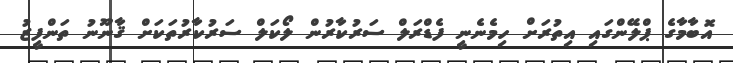
އޮބާމާގެ ޕްލޭންގައި އިތުރަށް ހިމެނެނީ ފެޑްރަލް ސަރުކާރުން ލޯކަލް ސަރުކާރުތަކަށް ޤާނޫނު ތަންފީޒު